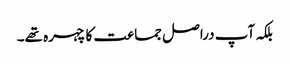
بلکہ آپ دراصل جماعت کا چہرہ تھے۔